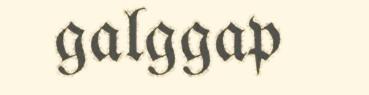
galggap